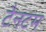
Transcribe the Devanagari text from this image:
टैनटम